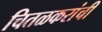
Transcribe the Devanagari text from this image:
चितळकरांची